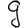
Digit: 9